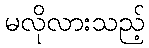
မလိုလားသည့်